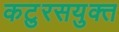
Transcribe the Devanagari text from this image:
कटुरसयुक्त